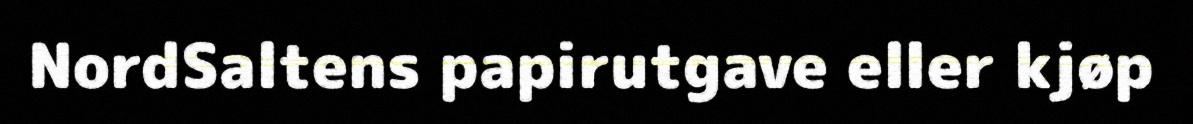
NordSaltens papirutgave eller kjøp